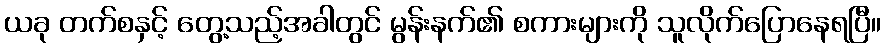
ယခု တက်စနှင့် တွေ့သည့်အခါတွင် မွန်းနက်၏ စကားများကို သူလိုက်ပြောနေရပြီ။